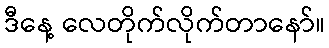
ဒီနေ့ လေတိုက်လိုက်တာနော်။